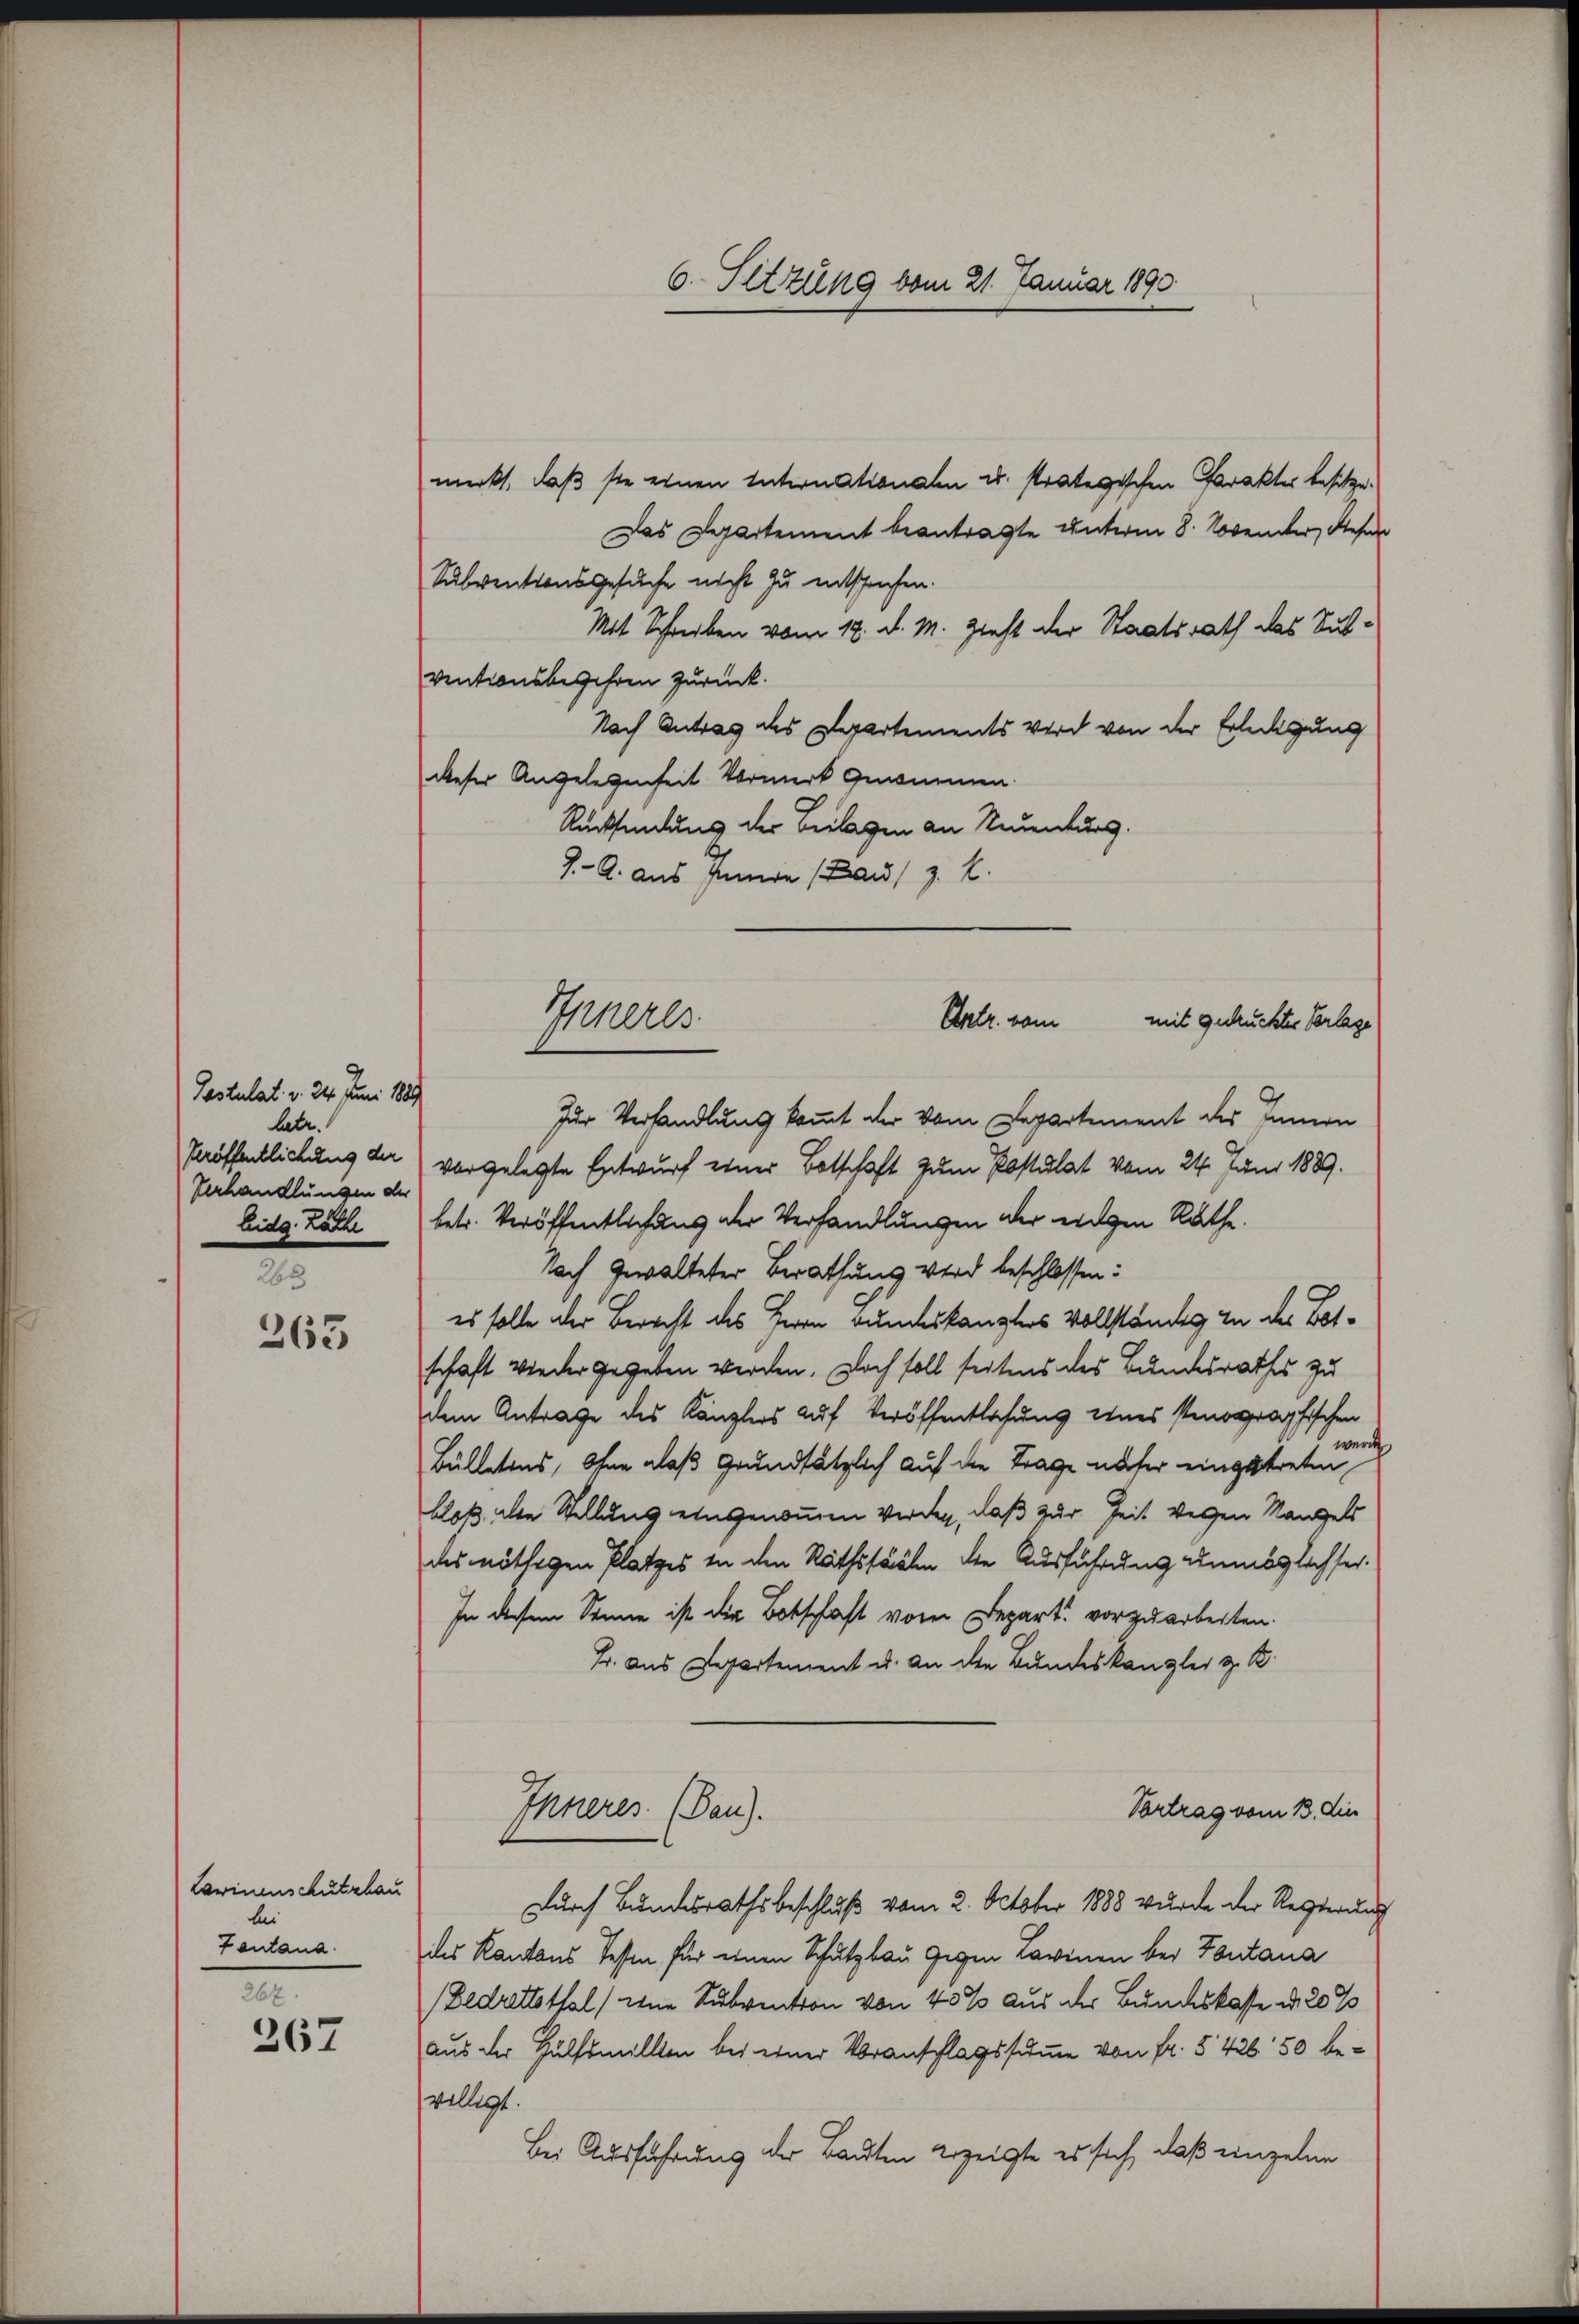
Postulat v. 24. Juni 1889
latz.
Verhandlungen der

263
263

Lawinenschutzbau
bei
Tantana
262.

267

merkt, daß sie einen Internationalen u. strategischen Carakter besitze.
Das Departement beantragte unterm 8. November, dieser
Subventionsgesuche nicht zu entsprechen.
Mit Schreiben vom 12. d. M. Zieht der Staatsrath das Subventionsbegehren zurück.
Nach Antrag des Departements wird von der Erledigung
dieser Angelegenheit Vormerk genommen.
Rücksendung der Beilagen an Neuenburg.
J. A. aus Innern (Bau, z. B.
Zur Verhandlung kommt der vom Departement des Innern
Veröffentlichung der vorgelegte Entwurf einer Botschaft zum Postulat vom 24. Juni 1889.
Eidg. Zölle betr. Veröffentlichung der Verhandlungen der eigen Rathe.
Nach Gewalteter Berathung wird beschlossen:
es solle der Berecht des Herrn Bundeskanzlers vollständig zu der Betschaft wieder gegeben werden. Doch soll seitens des Bundesrathes zu
dem Antrage des Kanzlers auf Veröffentlaßung eines stenographischen
werde
Bülletens, ohne alaß grundsätzlich auf die Trage näher eingetreten
bloß alte Stellung eingenommen Verden, daß zur Zeit weggen Mangels
das nöthigen Platzes in den Rathssäälen die Ausführung unmöglichser.
In diesem Sinne ist die Botschaft vom Depart vorzuarbeiten.
Fr. aus Departement u. an die Bundeskanzler z. B.
Vortrag vom 13. die
Inneres. (Dan).
Durch Bundesrathsbeschluß vom 2. October 1888 wurde der Regierung
des Kantons Tessen für einen Schutzbau gegen Lavenen bei Fontana
Bedrettothal) eine Subvention von 40% aus der Bundeskasse d. 20%
aus der Hülfsmillten bei einer Voranschlagssumme von Fr. § 426. 50 bevelligt.
Bei Ausführung der Bauten erzeigte es sich, daß einzelne

6. Setzung vom 21. Januar 1890

110000.
Untr. vom
mit gedrucktes Verlage